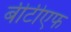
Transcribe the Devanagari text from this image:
बीटीएफ